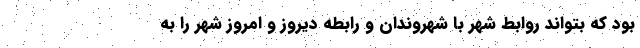
بود که بتواند روابط شهر با شهروندان و رابطه دیروز و امروز شهر را به